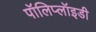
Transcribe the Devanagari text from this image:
पॉलिप्लॉइडी